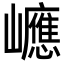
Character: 𡾶